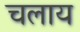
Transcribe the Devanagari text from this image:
चलाय